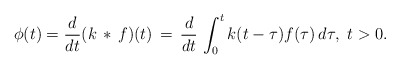
\begin{align*}\phi(t) = \frac{d}{dt} (k\, *\, f)(t) \, = \, \frac{d}{dt}\, \int_0^t k(t-\tau)f(\tau)\, d\tau,\ t>0.\end{align*}